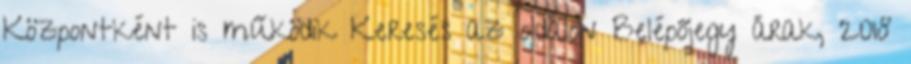
Központként is működik Keresés az oldalon Belépőjegy árak, 2018